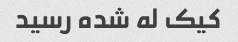
کیک له شده رسید